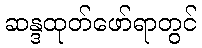
ဆန္ဒထုတ်ဖော်ရာတွင်